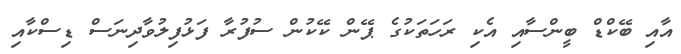
އާއި ބޭކްޑް ބީންސާއި އެކި ރަހަތަކުގެ ޕޭން ކޭކުން ސުފުރާ ފަޅުފިލުވާދިނަސް ޑިސްކާއި